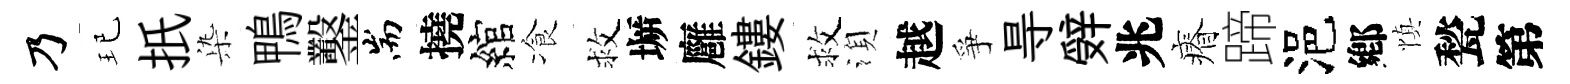
乃玘扺𣑱鴨鑿耑撓綰飡救󶱲廱鏤救湏越爭㝵辤兆瘠蹄浥鄕慎甃第